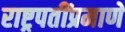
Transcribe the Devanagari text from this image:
राष्ट्रपतींप्रमाणे